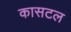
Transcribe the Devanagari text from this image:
कासटल